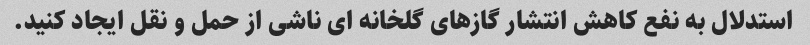
استدلال به نفع کاهش انتشار گازهای گلخانه ای ناشی از حمل و نقل ایجاد کنید.